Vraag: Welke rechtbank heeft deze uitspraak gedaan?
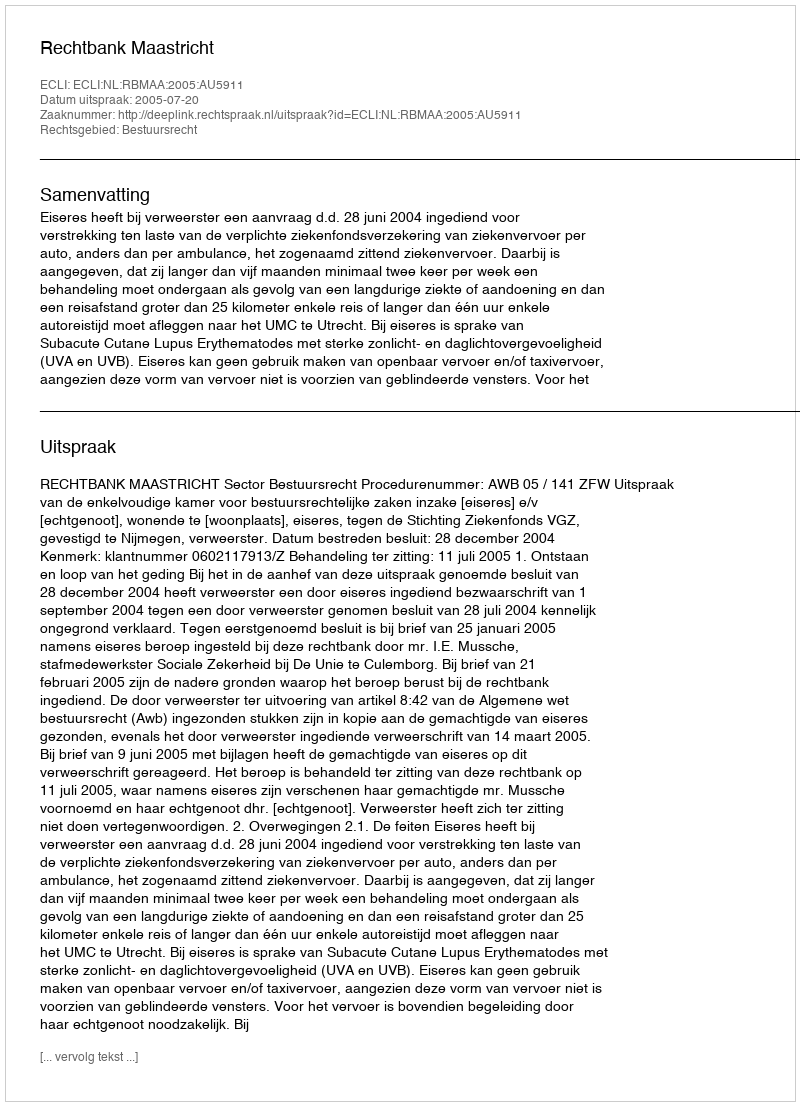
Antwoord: Rechtbank Maastricht